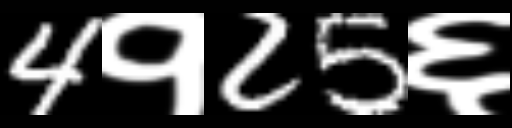
Text: 4१25६